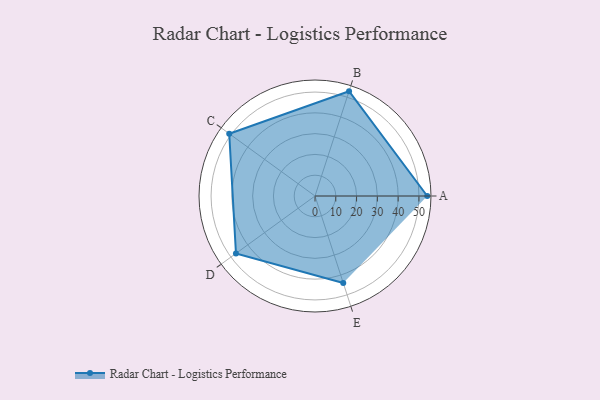
{"axis": {"x": "Skill", "y": "Score"}, "legend": ["Profile"], "data": [{"x": "A", "y": 54.0, "type": "Profile"}, {"x": "B", "y": 53.0, "type": "Profile"}, {"x": "C", "y": 51.0, "type": "Profile"}, {"x": "D", "y": 47.0, "type": "Profile"}, {"x": "E", "y": 44.0, "type": "Profile"}]}